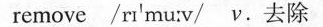
remove /rτ'mu:v/ ν.去除